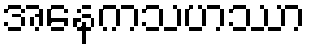
အနေကသဟဿာ